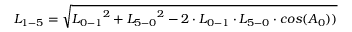
{ L _ { 1 - 5 } } = \sqrt { { L _ { 0 - 1 } } ^ { 2 } + { L _ { 5 - 0 } } ^ { 2 } - 2 \cdot { L _ { 0 - 1 } } \cdot { L _ { 5 - 0 } } \cdot c o s ( { A _ { 0 } } ) ) }